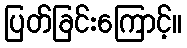
ပြတ်ခြင်းကြောင့်။